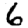
Digit: 6